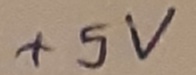
Text: +5V